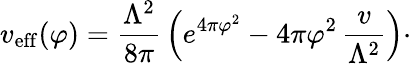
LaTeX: v_{\mathrm{eff}}(\varphi)={\frac{\Lambda^{2}}{8\pi}}\, \Bigl(e^{4\pi\varphi^{2}}-4\pi\varphi^{2}\, {\frac{v}{\Lambda^{2}}}\Bigr)\cdotp